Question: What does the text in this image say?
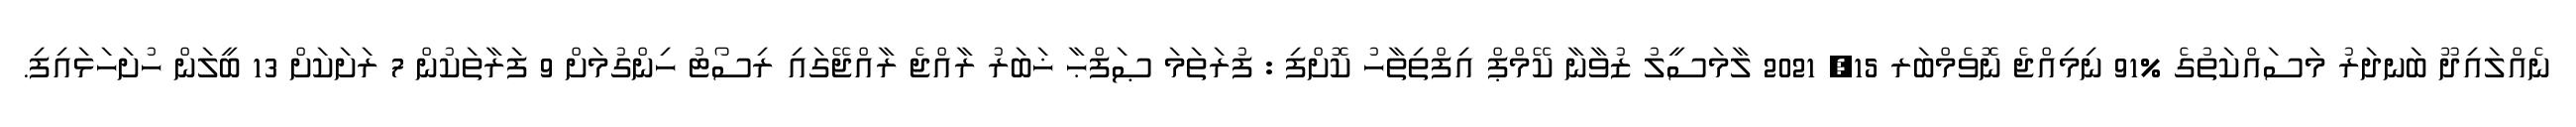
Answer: ނެއްލައިދޫ ބަނދަރު މަސައްކަތުގެ %91 ނިމިއްޖެ ނޮވެމްބަރ 15, 2021 ލާމަސީލު ޒުވާނާ ކޭމްޕް އިފްތިތާހު ކޮށްފި : ފުރަތަމަ ޞަފްޙާ ޚަބަރު ރާއްޖެ ރާއްޖޭގައި ރިސޯޓު ހިންގުމަށް 9 ފަރާތަކުން 7 ރަށަކަށް 13 ބީލަން ހުށަހަޅައިފި.